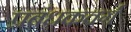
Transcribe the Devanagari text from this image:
प्रबंधकवर्ग